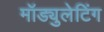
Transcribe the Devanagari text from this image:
मॉड्युलेटिंग